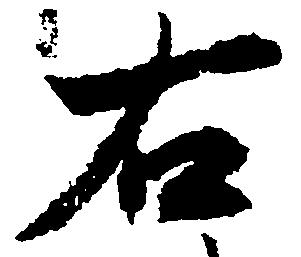
右